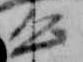
公